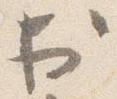
於